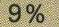
9 %